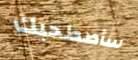
سأصطحبك